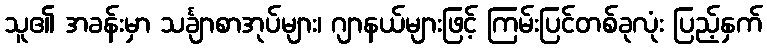
သူ၏ အခန်းမှာ သင်္ချာစာအုပ်များ၊ ဂျာနယ်များဖြင့် ကြမ်းပြင်တစ်ခုလုံး ပြည့်နှက်